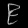
Digit: ၉